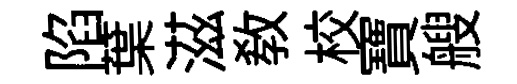
陷葉滋教校寶艘